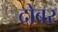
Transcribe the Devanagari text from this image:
दोबर